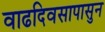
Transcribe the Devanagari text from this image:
वाढदिवसापासुन